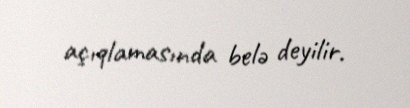
açıqlamasında belə deyilir.